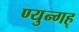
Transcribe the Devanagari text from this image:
ण्युन्गह्